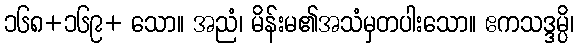
၁၆၈+၁၆၉+ သော။ အညံ၊ မိန်းမ၏အသံမှတပါးသော။ ဧကသဒ္ဒမ္ပိ၊